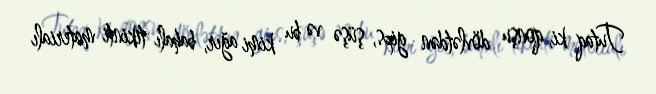
Tutaq ki, qonşu dövlətdən gips, şüşə və bu kimi ağır, bahalı tikinti materialı